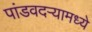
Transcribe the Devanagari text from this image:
पांडवदर्‍यामध्ये